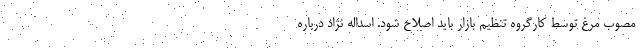
مصوب مرغ توسط کارگروه تنظیم بازار باید اصلاح شود. اسداله نژاد درباره